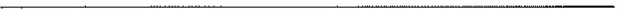
___